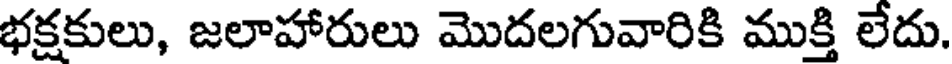
భక్షకులు, జలాహారులు మొదలగువారికి ముక్తి లేదు.